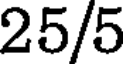
25/5